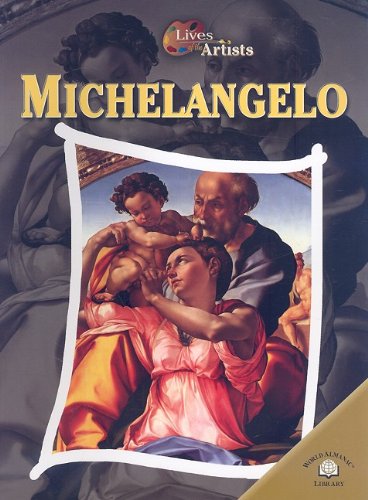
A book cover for Michelangelo (Lives of the Artists); Sean Connolly; Teen & Young Adult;